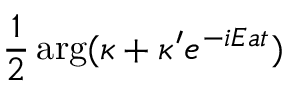
\frac { 1 } { 2 } \arg ( \kappa + \kappa ^ { \prime } e ^ { - i E a t } )